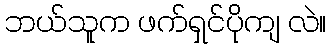
ဘယ်သူက ဖက်ရှင်ပိုကျ လဲ။